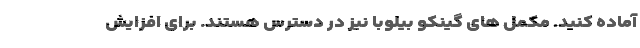
آماده کنید. مکمل های گینکو بیلوبا نیز در دسترس هستند. برای افزایش